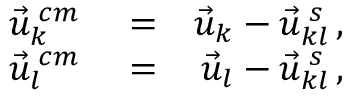
\begin{array} { r l r } { \vec { u } _ { k } ^ { \; c m } } & { { } = } & { \vec { u } _ { k } - \vec { u } _ { k l } ^ { \; s } \, , } \\ { \vec { u } _ { l } ^ { \; c m } } & { { } = } & { \vec { u } _ { l } - \vec { u } _ { k l } ^ { \; s } \, , } \end{array}